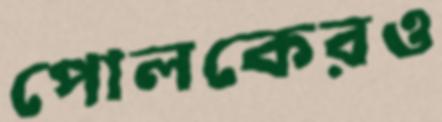
পোলকেরও